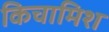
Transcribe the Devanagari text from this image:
किचामिश